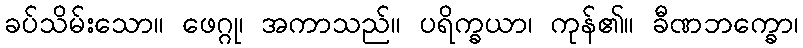
ခပ်သိမ်းသော။ ဖေဂ္ဂု၊ အကာသည်။ ပရိက္ခယာ၊ ကုန်၏။ ခီဏဘက္ခော၊